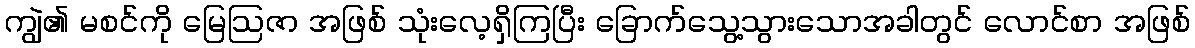
ကျွဲ၏ မစင်ကို မြေဩဇာ အဖြစ် သုံးလေ့ရှိကြပြီး ခြောက်သွေ့သွားသောအခါတွင် လောင်စာ အဖြစ်